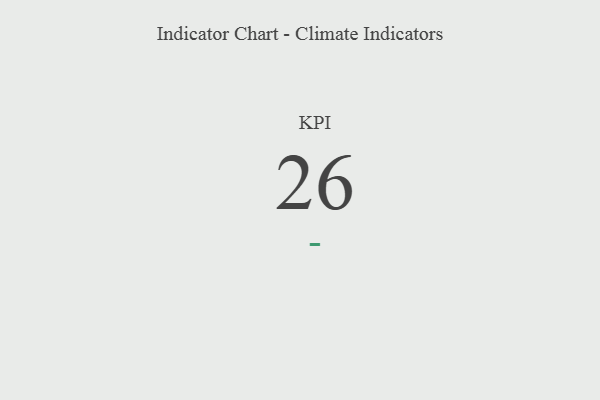
{"axis": {"x": "KPI", "y": "Value"}, "legend": [""], "data": [{"x": "KPI", "y": 26, "type": ""}]}